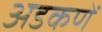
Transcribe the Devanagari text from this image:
अडकणें